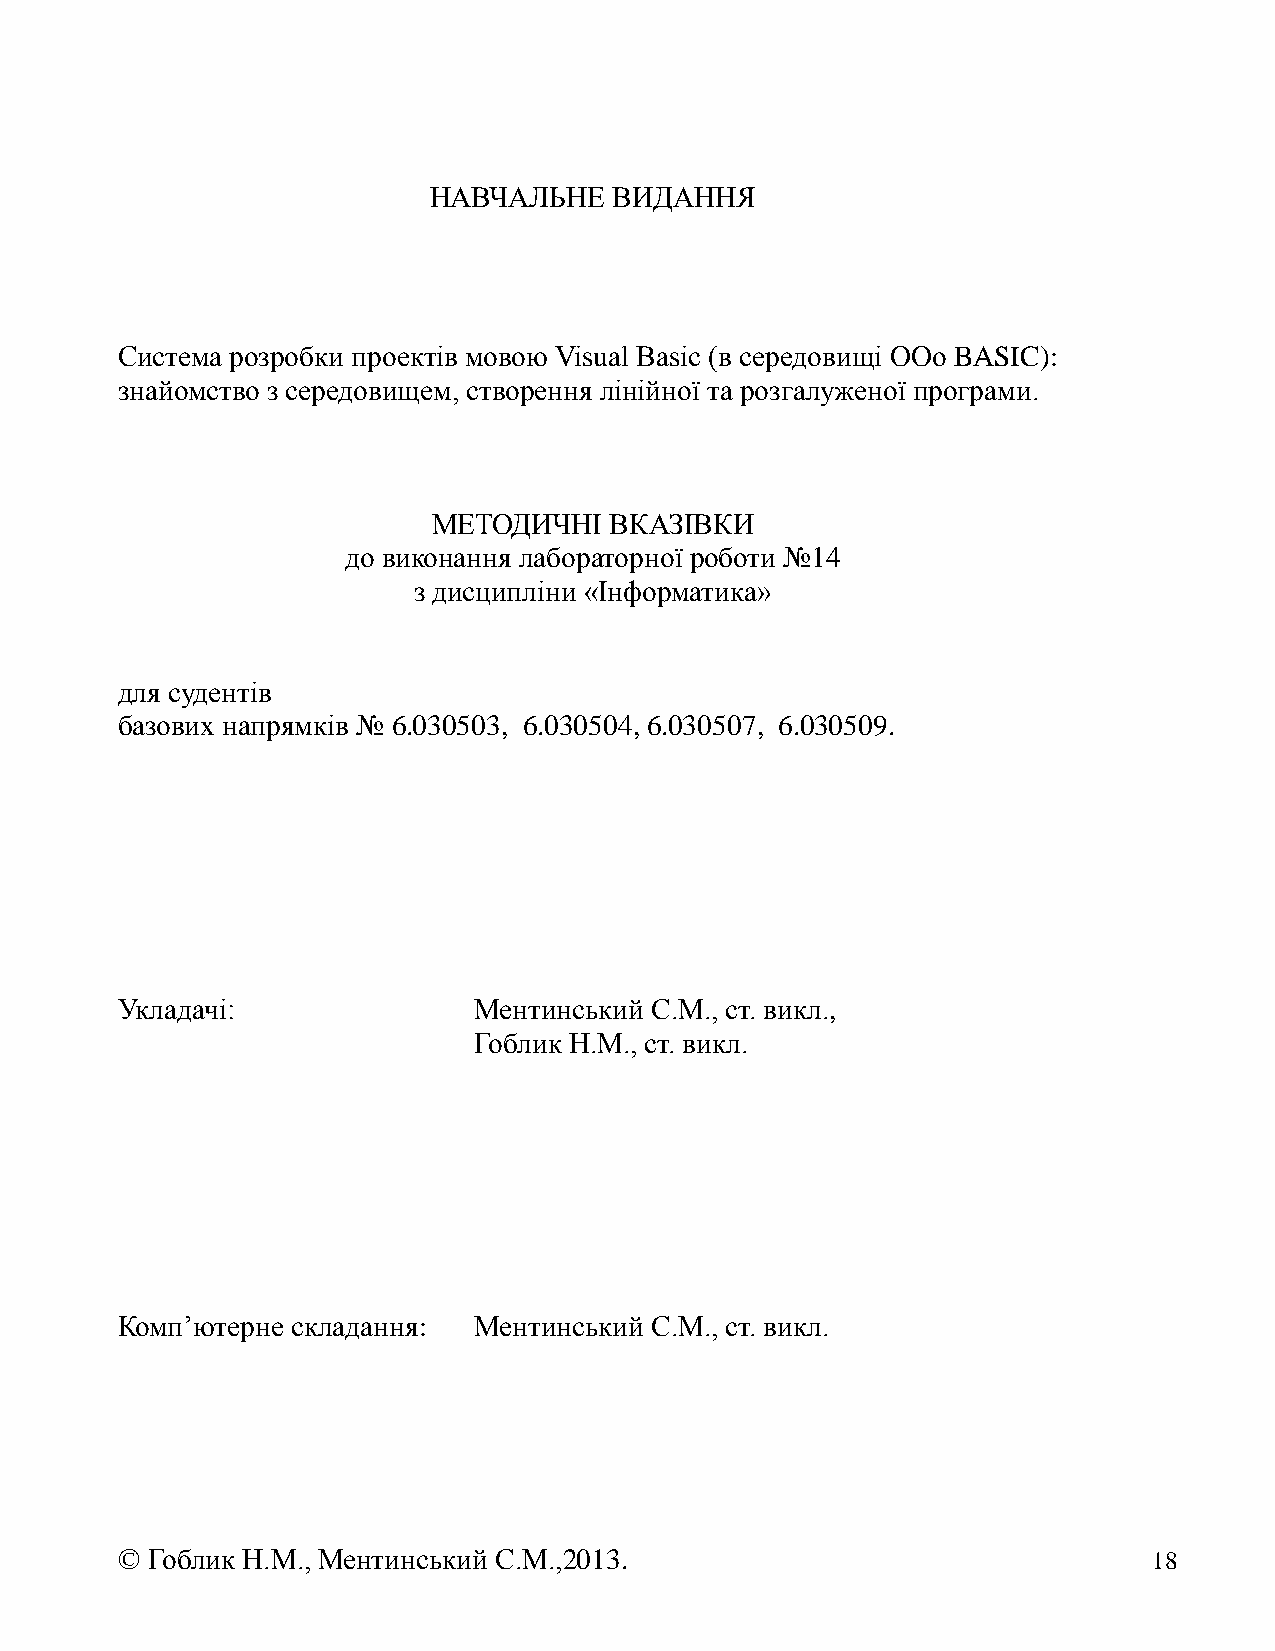
НАВЧАЛЬНЕ    ВИДАННЯ
 Система розробки проектів мовою Visual Basic (в середовищі OOо BASIC):
 знайомство з середовищем, створення лінійної та розгалуженої програми.
 МЕТОДИЧНІ  ВКАЗІВКИ
 до виконання лабораторної роботи №14
 з дисципліни «Інформатика»
 для судентів
 базових напрямків № 6.030503, 6.030504, 6.030507, 6.030509.
 Укладачі:              Ментинський С.М., ст. викл.,
 Гоблик Н.М., ст. викл.
 Комп’ютерне складання: Ментинський С.М., ст. викл.
 © Гоблик Н.М., Ментинський С.М.,2013.                               18